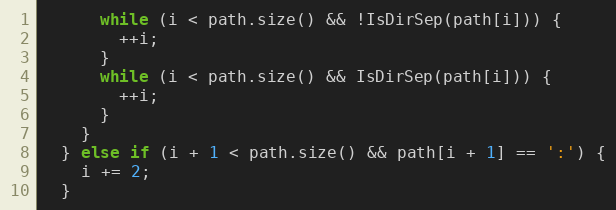
Language: C++
      while (i < path.size() && !IsDirSep(path[i])) {
        ++i;
      }
      while (i < path.size() && IsDirSep(path[i])) {
        ++i;
      }
    }
  } else if (i + 1 < path.size() && path[i + 1] == ':') {
    i += 2;
  }